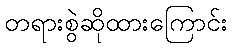
တရားစွဲဆိုထားကြောင်း